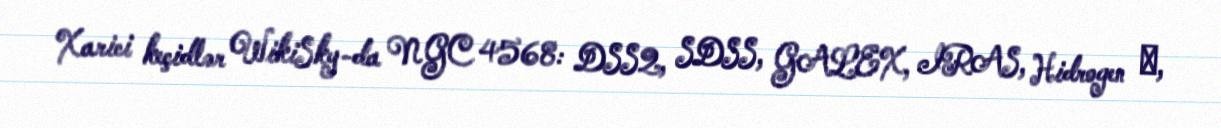
Xarici keçidlər WikiSky-da NGC 4568: DSS2, SDSS, GALEX, IRAS, Hidrogen α,